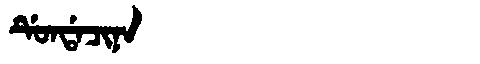
Manchu: ᡩᡠᠨᡩᠠᠴᡳᠨᠠ
Romanization: DUNDACINA